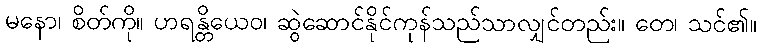
မနော၊ စိတ်ကို။ ဟရန္တိယေဝ၊ ဆွဲဆောင်နိုင်ကုန်သည်သာလျှင်တည်း။ တေ၊ သင်၏။